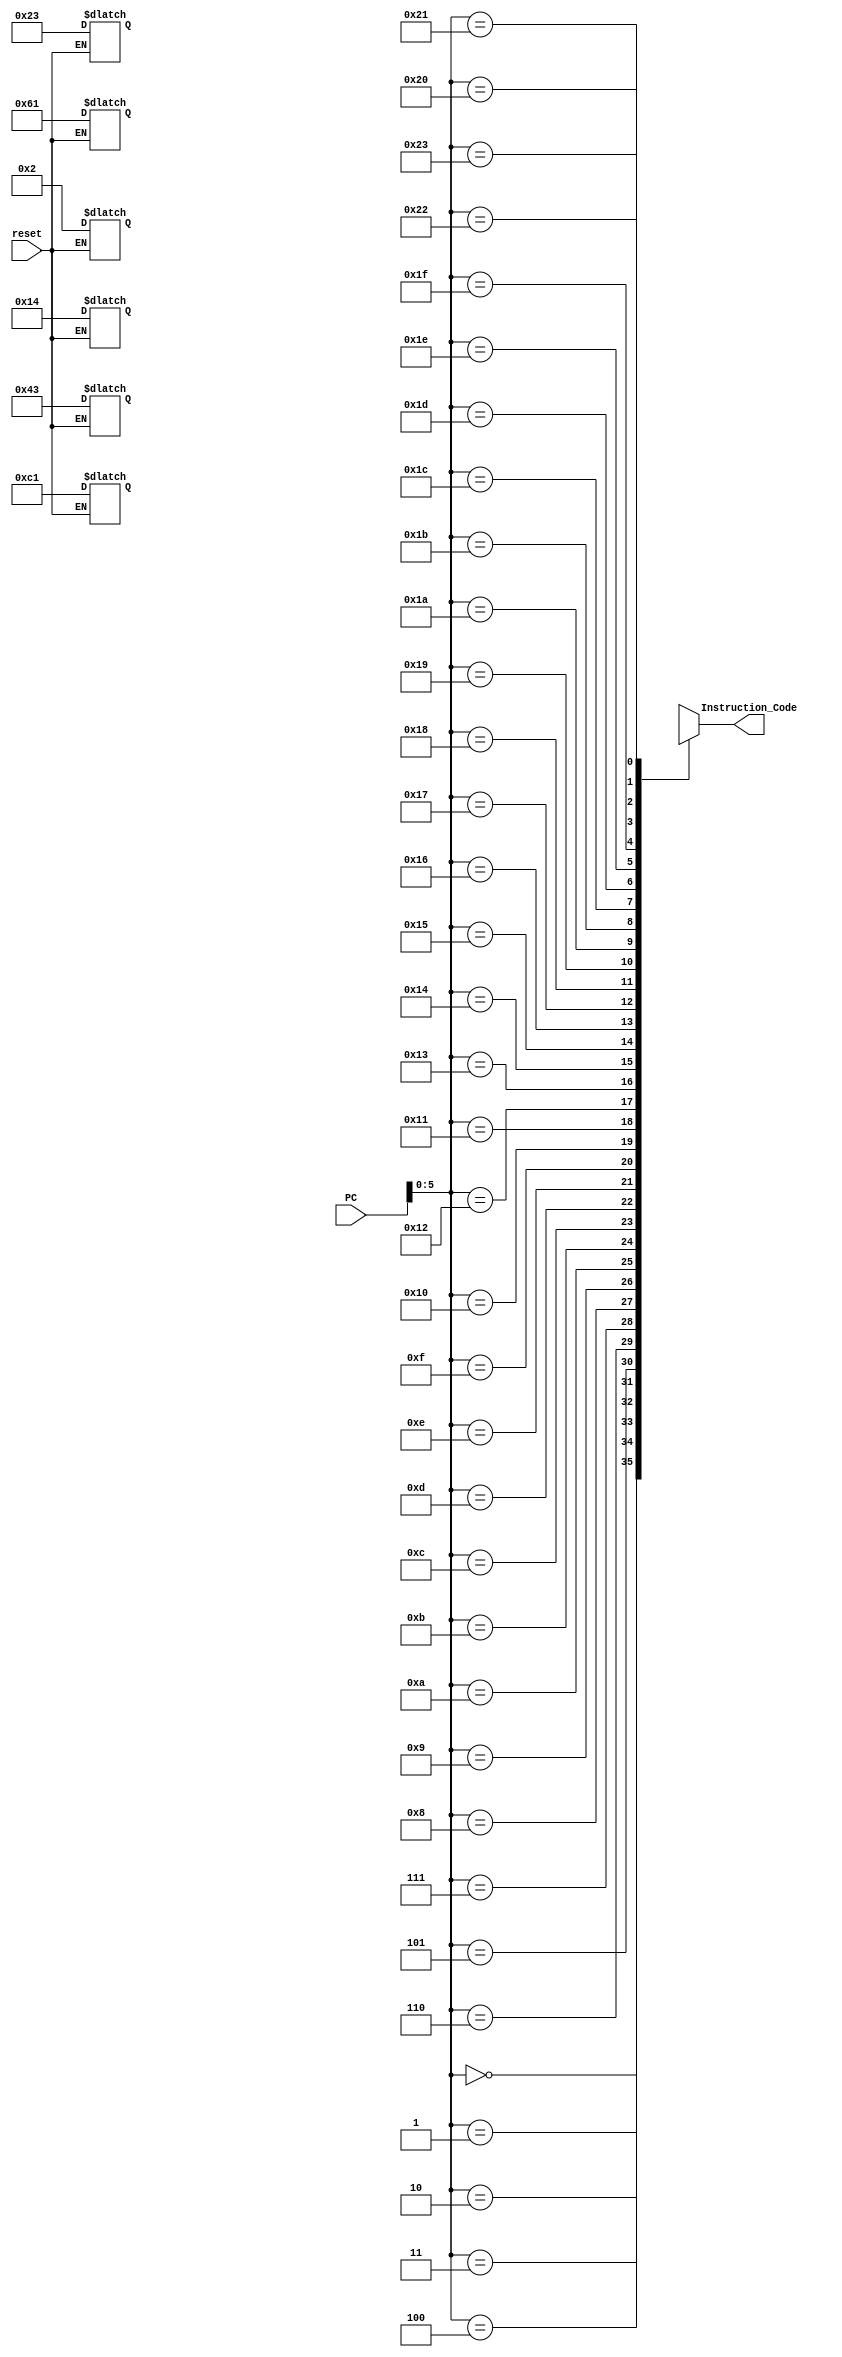
`timescale 1ns / 1ps
//////////////////////////////////////////////////////////////////////////////////
// Company: 
// Engineer: 
// 
// Design Name: 
// Module Name:    Instruction_Memory 
// Project Name: 
// Target Devices: 
// Tool versions: 
// Description: 
//
// Dependencies: 
//
// Revision: 
// Revision 0.01 - File Created
// Additional Comments: 
//
//////////////////////////////////////////////////////////////////////////////////
module Instruction_Memory(
	input [7:0] PC,
	input reset,
	output[7:0] Instruction_Code
    );
reg [7:0] Mem [35:0];//we can store total of 36 instructions.
assign Instruction_Code = {Mem[PC]};

always@(reset)
begin
if(reset == 0)
	begin
	Mem[0] = 8'h23;//li r4,3 
	Mem[1] = 8'h61;//sll r4,1 
	Mem[2] = 8'h02;//li r0,2
	Mem[3] = 8'hc1;//j l1 
	Mem[4] = 8'h43;//sll r0,3 
	Mem[5] = 8'h14;//li r2,4 
	end
end
endmodule